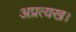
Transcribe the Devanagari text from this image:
अप्रत्यख।